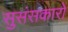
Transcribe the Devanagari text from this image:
सुसंसकारों